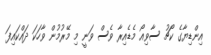
އިންޑިޔާގެ ކޯޗު ސާވިއޯ މެޑެއިރާ ވެސް ވަނީ މި މޭރުމުން ވާހަކަ ދައްކައިފަ